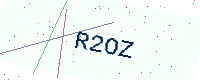
Text: R2OZ